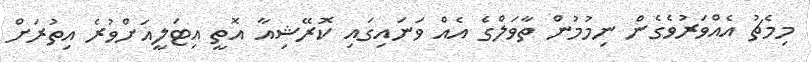
މިމެޗު އެއްވަރުވެގެން ނިމުމުން ތާވަލްގެ އެއް ވަނައިގައި ކޮރޭޝިއާ އޮތީ އިޓަލީއަށްވުރެ އިތުރަށް